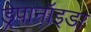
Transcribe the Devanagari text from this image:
ड्रेपानॉइडा